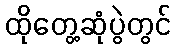
ထိုတွေ့ဆုံပွဲတွင်